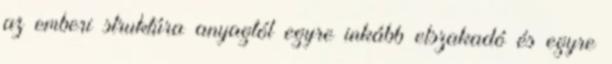
az emberi struktúra anyagtól egyre inkább elszakadó és egyre